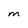
Character: M